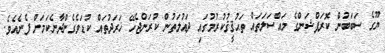
ޔޫގެ ސަބަބުން ކޮރަޕްޝަންގެ މައްސަލަތައް ތަޙުޤީޤުކުރުމުގައި ދައުލަތުން ކުރަންޖެހޭ ޚަރަދުތައް ކުޑަވެގެންދާނެކަމަށް ފެނެއެވެ.